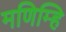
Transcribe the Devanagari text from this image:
मणिम्हि